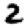
Digit: 2